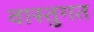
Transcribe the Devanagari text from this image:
वास्तुगत